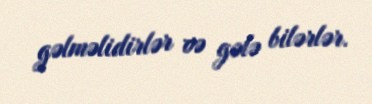
gəlməlidirlər və gələ bilərlər.